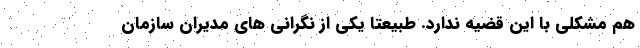
هم مشکلی با این قضیه ندارد. طبيعتا يکي از نگراني هاي مديران سازمان